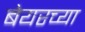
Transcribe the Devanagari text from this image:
बेयरच्या